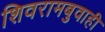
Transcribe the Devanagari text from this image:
शिवरामबुवाही